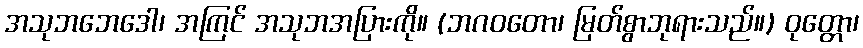
အသုဘဘေဒေါ၊ အကြင် အသုဘအပြားကို။ (ဘဂဝတော၊ မြတ်စွာဘုရားသည်။) ဝုတ္တော၊